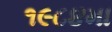
૧૯૮૪મા